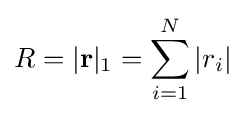
R=|\mathbf {r} |_{1}=\sum _{i=1}^{N}|r_{i}|